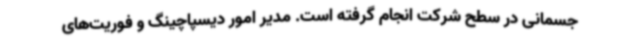
جسمانی در سطح شرکت انجام گرفته است. مدیر امور دیسپاچینگ و فوریت‌های